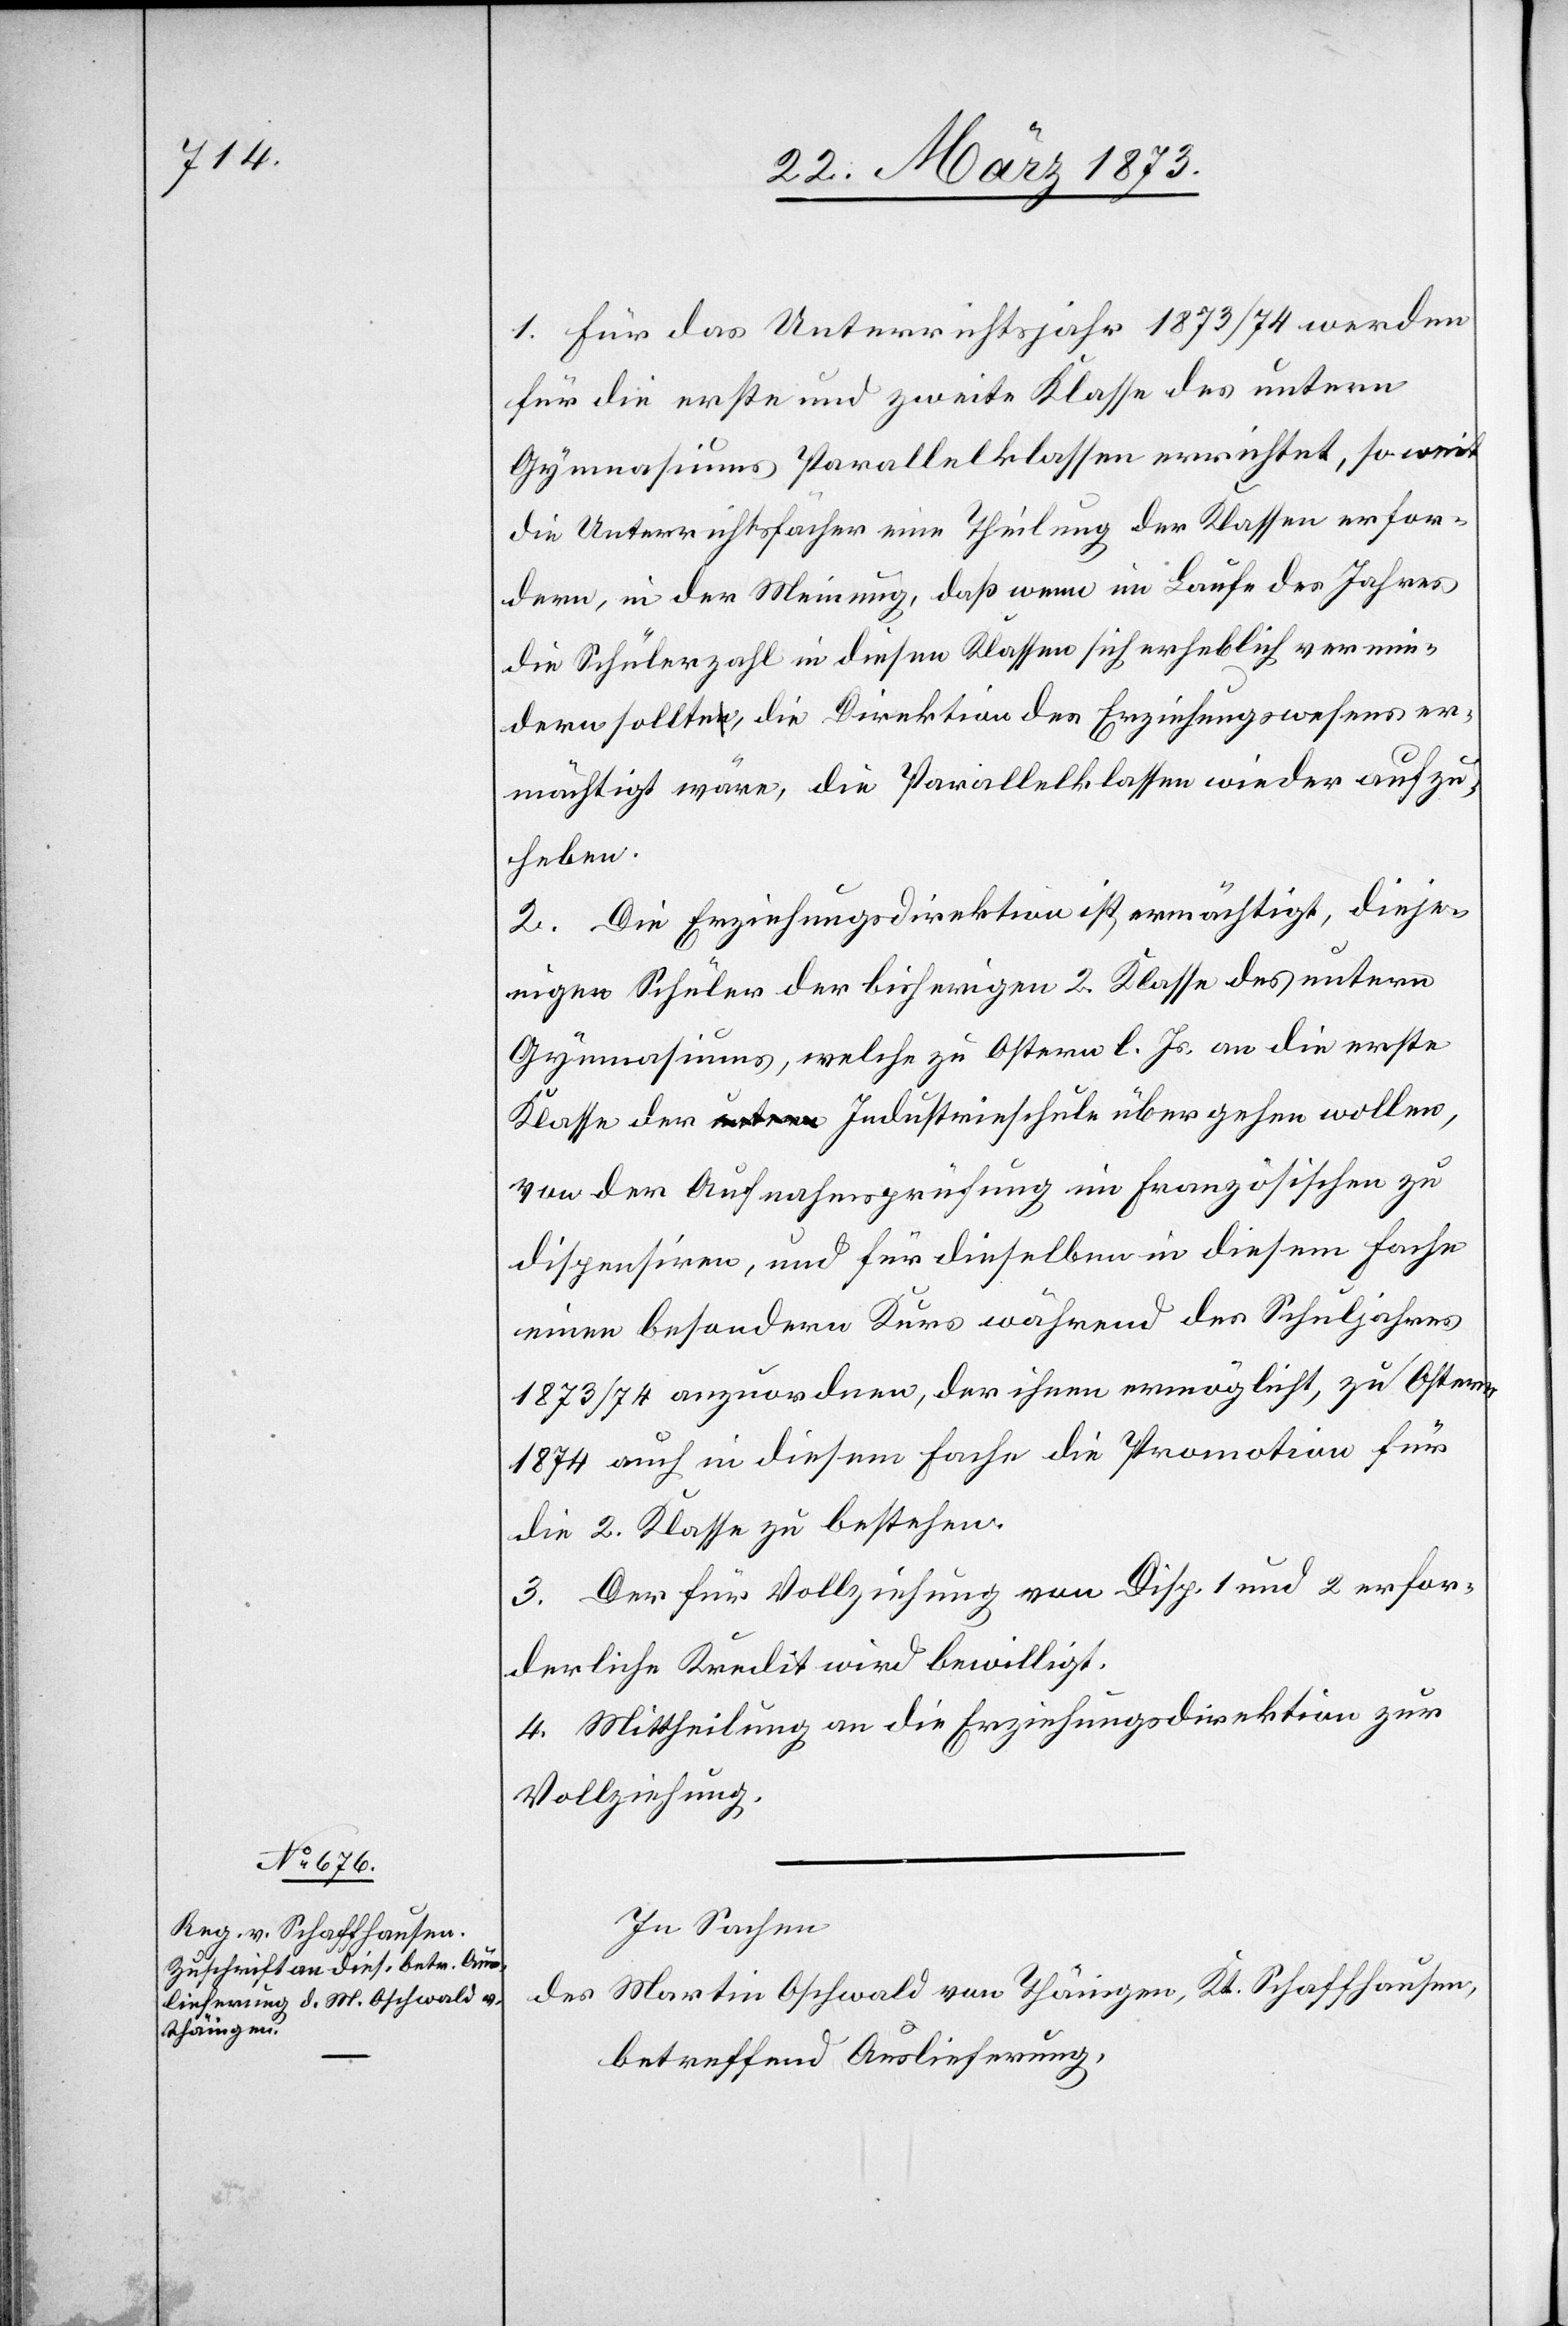
1. Für das Unterrichtsjahr 1873/74 werden
für die erste und zweite Klasse des untern
Gymnasiums Parallelklassen errichtet, soweit
die Unterrichtsfächer eine Theilung der Klassen erfor¬
dern, in der Meinung, daß wenn im Laufe des Jahres
die Schülerzahl in diesen Klassen sich erheblich vermin¬
dern sollte, die Direktion des Erziehungswesens er¬
mächtig wäre, die Parallelklassen wieder aufzu¬
heben.
2. Die Erziehungsdirektion ist ermächtigt, dieje¬
nigen Schüler der bisherigen 2. Klasse des untern
Gymnasiums, welche zu Ostern l. Js. an die erste
Klasse der Industrieschule übergehen wollen,
von der Aufnahmsprüfung im Französischen zu
dispensiren, und für dieselben in diesem Fache
einen besondern Kurs während des Schuljahres
1873/74 anzuordnen, der ihnen ermöglicht, zu Ostern
1874 auch in diesem Fache die Promotion für
die 2. Klasse zu bestehen.
3. Der für Vollziehung von Disp. 1 und 2 erfor¬
derliche Kredit wird bewilligt.
4. Mittheilung an die Erziehungsdirektion zur
Vollziehung.
In Sachen
des Martin Oschwald von Thäingen, Kt. Schaffhausen,
betreffend Auslieferung,